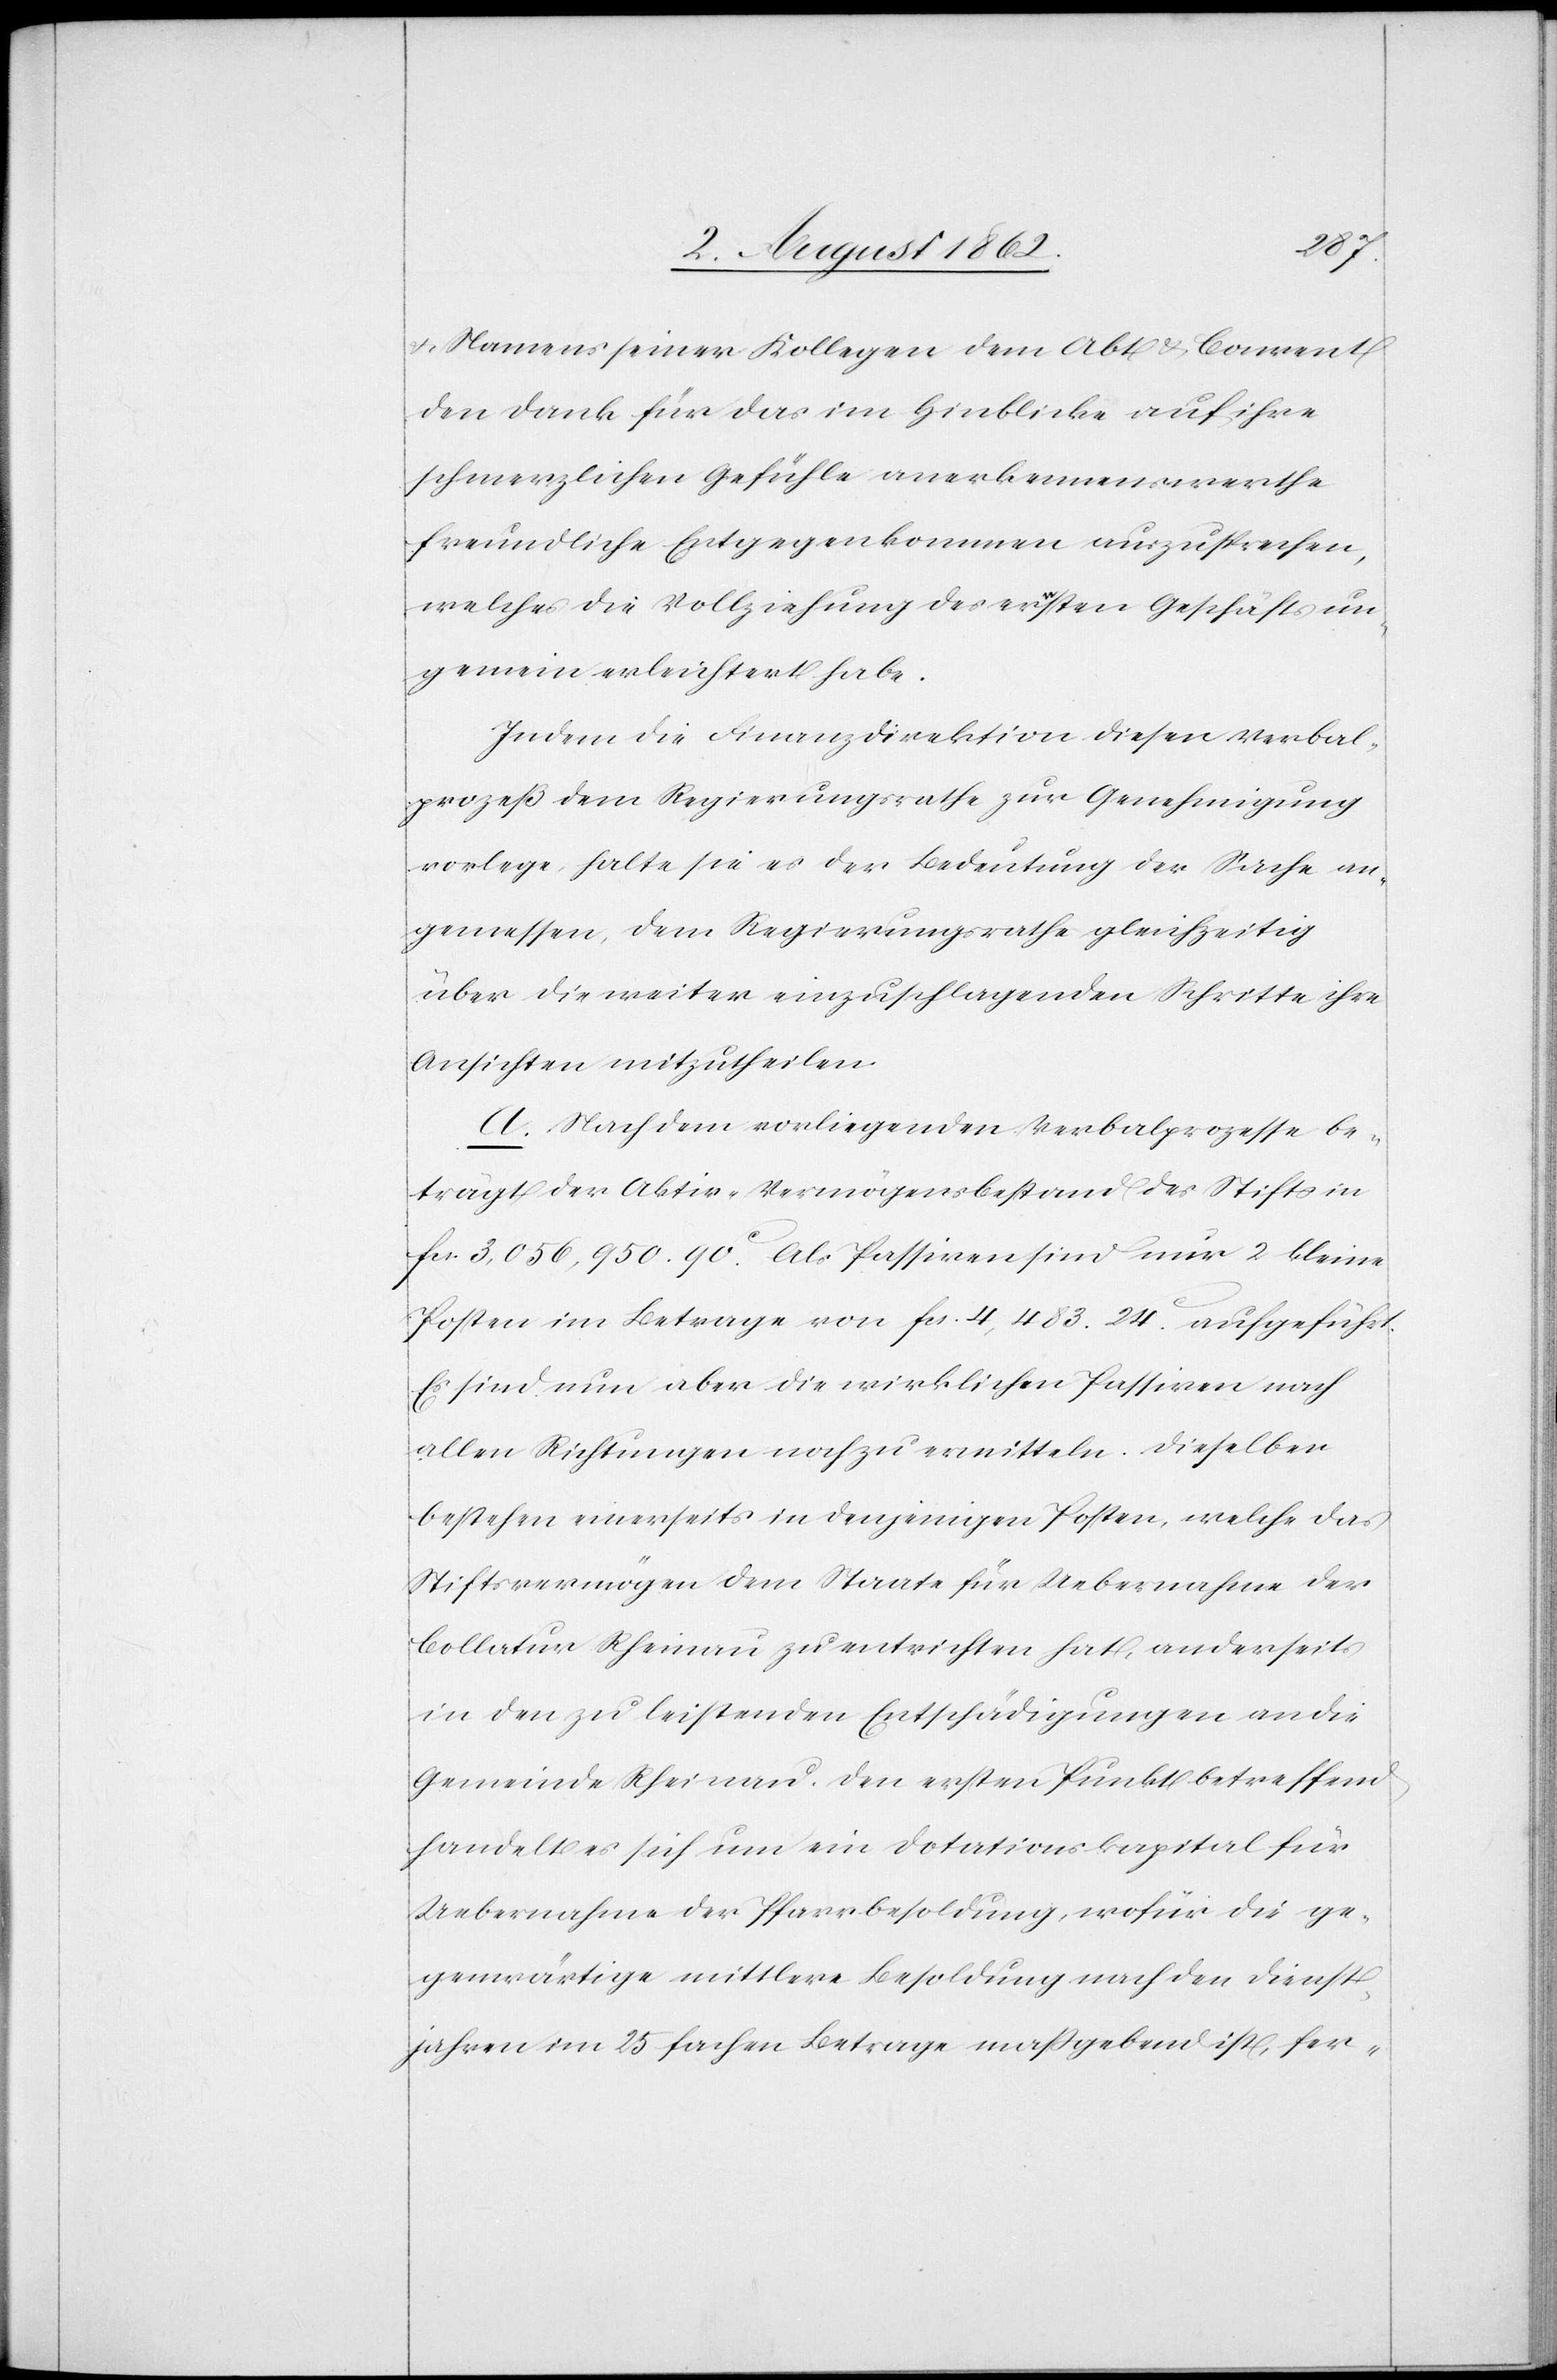
u. Namens seiner Kollegen dem Abt u. Convent
den Dank für das im Hinblicke auf ihre
schmerzlichen Gefühle anerkennenswerthe
freundliche Entgegenkommen auszusprechen,
welches die Vollziehung des ersten Geschäfts un¬
gemein erleichtert habe.
Indem die Finanzdirektion diesen Verbal¬
prozeß dem Regierungsrathe zur Genehmigung
vorlege, halte sie es der Bedeutung der Sache an¬
gemessen, dem Regierungsrathe gleichzeitig
über die weiter einzuschlagenden Schritte ihre
Ansicht mitzutheilen.
A. Nach dem vorliegenden Verbalprozesse be¬
trägt der Aktiv-Vermögensbestand des Stifts in
fcs. 3,056,950. 90c. Als Passiven sind nur 2 kleine
Posten im Betrage von fcs. 4,483. 24c aufgeführt.
Es sind nun aber die wirklichen Passiven nach
allen Richtungen noch zu ermitteln. Dieselben
bestehen einerseits in denjenigen Posten, welche das
Stiftsvermögen dem Staate für Uebernahme der
Collatur Rheinau zu entrichten hat, anderseits
in den zu leistenden Entschädigungen an die
Gemeinde Rheinau. Den ersten Punkt betreffend
handelt es sich um ein Dotationskapital für
Uebernahme der Pfarrbesoldung, wofür die ge¬
genwärtige mittlere Besoldung nach den Dienst¬
jahren im 25 fachen Betrage maßgebend ist, fer-